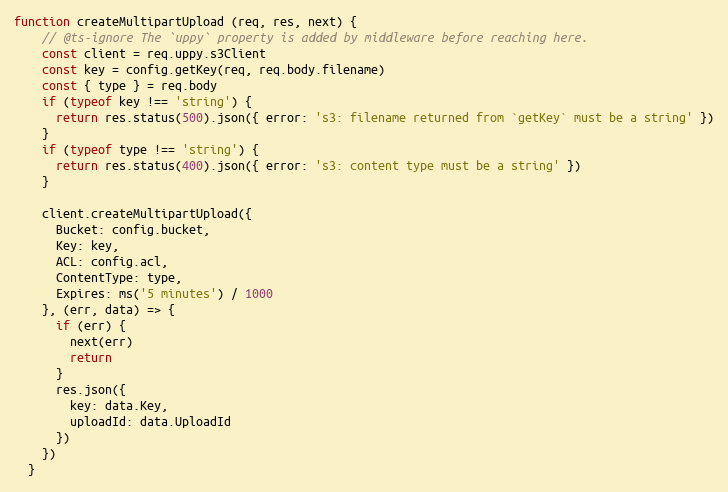
Language: JavaScript
function createMultipartUpload (req, res, next) {
    // @ts-ignore The `uppy` property is added by middleware before reaching here.
    const client = req.uppy.s3Client
    const key = config.getKey(req, req.body.filename)
    const { type } = req.body
    if (typeof key !== 'string') {
      return res.status(500).json({ error: 's3: filename returned from `getKey` must be a string' })
    }
    if (typeof type !== 'string') {
      return res.status(400).json({ error: 's3: content type must be a string' })
    }

    client.createMultipartUpload({
      Bucket: config.bucket,
      Key: key,
      ACL: config.acl,
      ContentType: type,
      Expires: ms('5 minutes') / 1000
    }, (err, data) => {
      if (err) {
        next(err)
        return
      }
      res.json({
        key: data.Key,
        uploadId: data.UploadId
      })
    })
  }